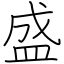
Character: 盛